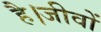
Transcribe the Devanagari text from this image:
है।जीवों